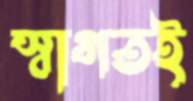
স্বাগতই